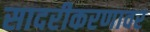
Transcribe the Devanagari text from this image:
सादरीकरणावर